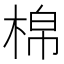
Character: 棉